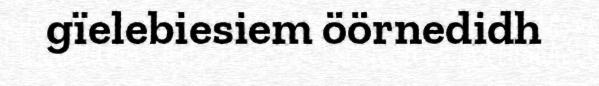
gïelebiesiem öörnedidh